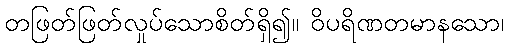
တဖြတ်ဖြတ်လှုပ်သောစိတ်ရှိ၍။ ဝိပရိဏတမာနသော၊